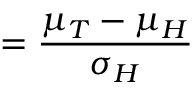
= \frac { \mu _ { T } - \mu _ { H } } { \sigma _ { H } }